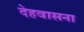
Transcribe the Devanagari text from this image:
देहवासना